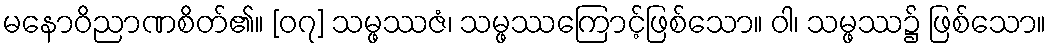
မနောဝိညာဏစိတ်၏။ [၀၇] သမ္ဖဿဇံ၊ သမ္ဖဿကြောင့်ဖြစ်သော။ ဝါ၊ သမ္ဖဿ၌ ဖြစ်သော။